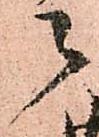
々